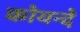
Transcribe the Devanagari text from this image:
कोयन्दे